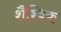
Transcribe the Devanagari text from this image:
शैश्विक